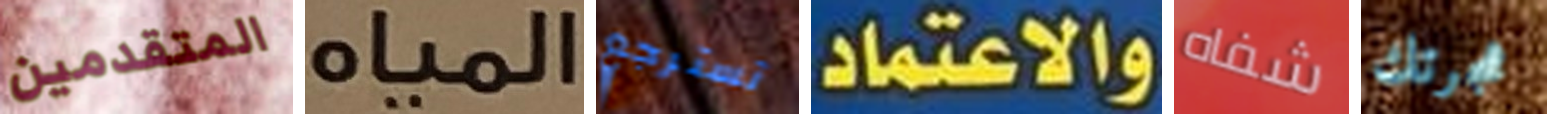
المتقدمين المياه تسترجع والاعتماد شفاه هجرتك